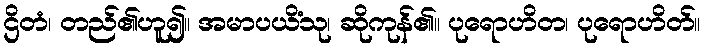
ဌိတံ၊ တည်၏ဟူ၍။ အမာပယိံသု၊ ဆိုကုန်၏။ ပုရောဟိတ၊ ပုရောဟိတ်။